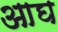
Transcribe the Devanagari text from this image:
आघ